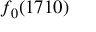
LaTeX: f _ { 0 } ( 1 7 1 0 )